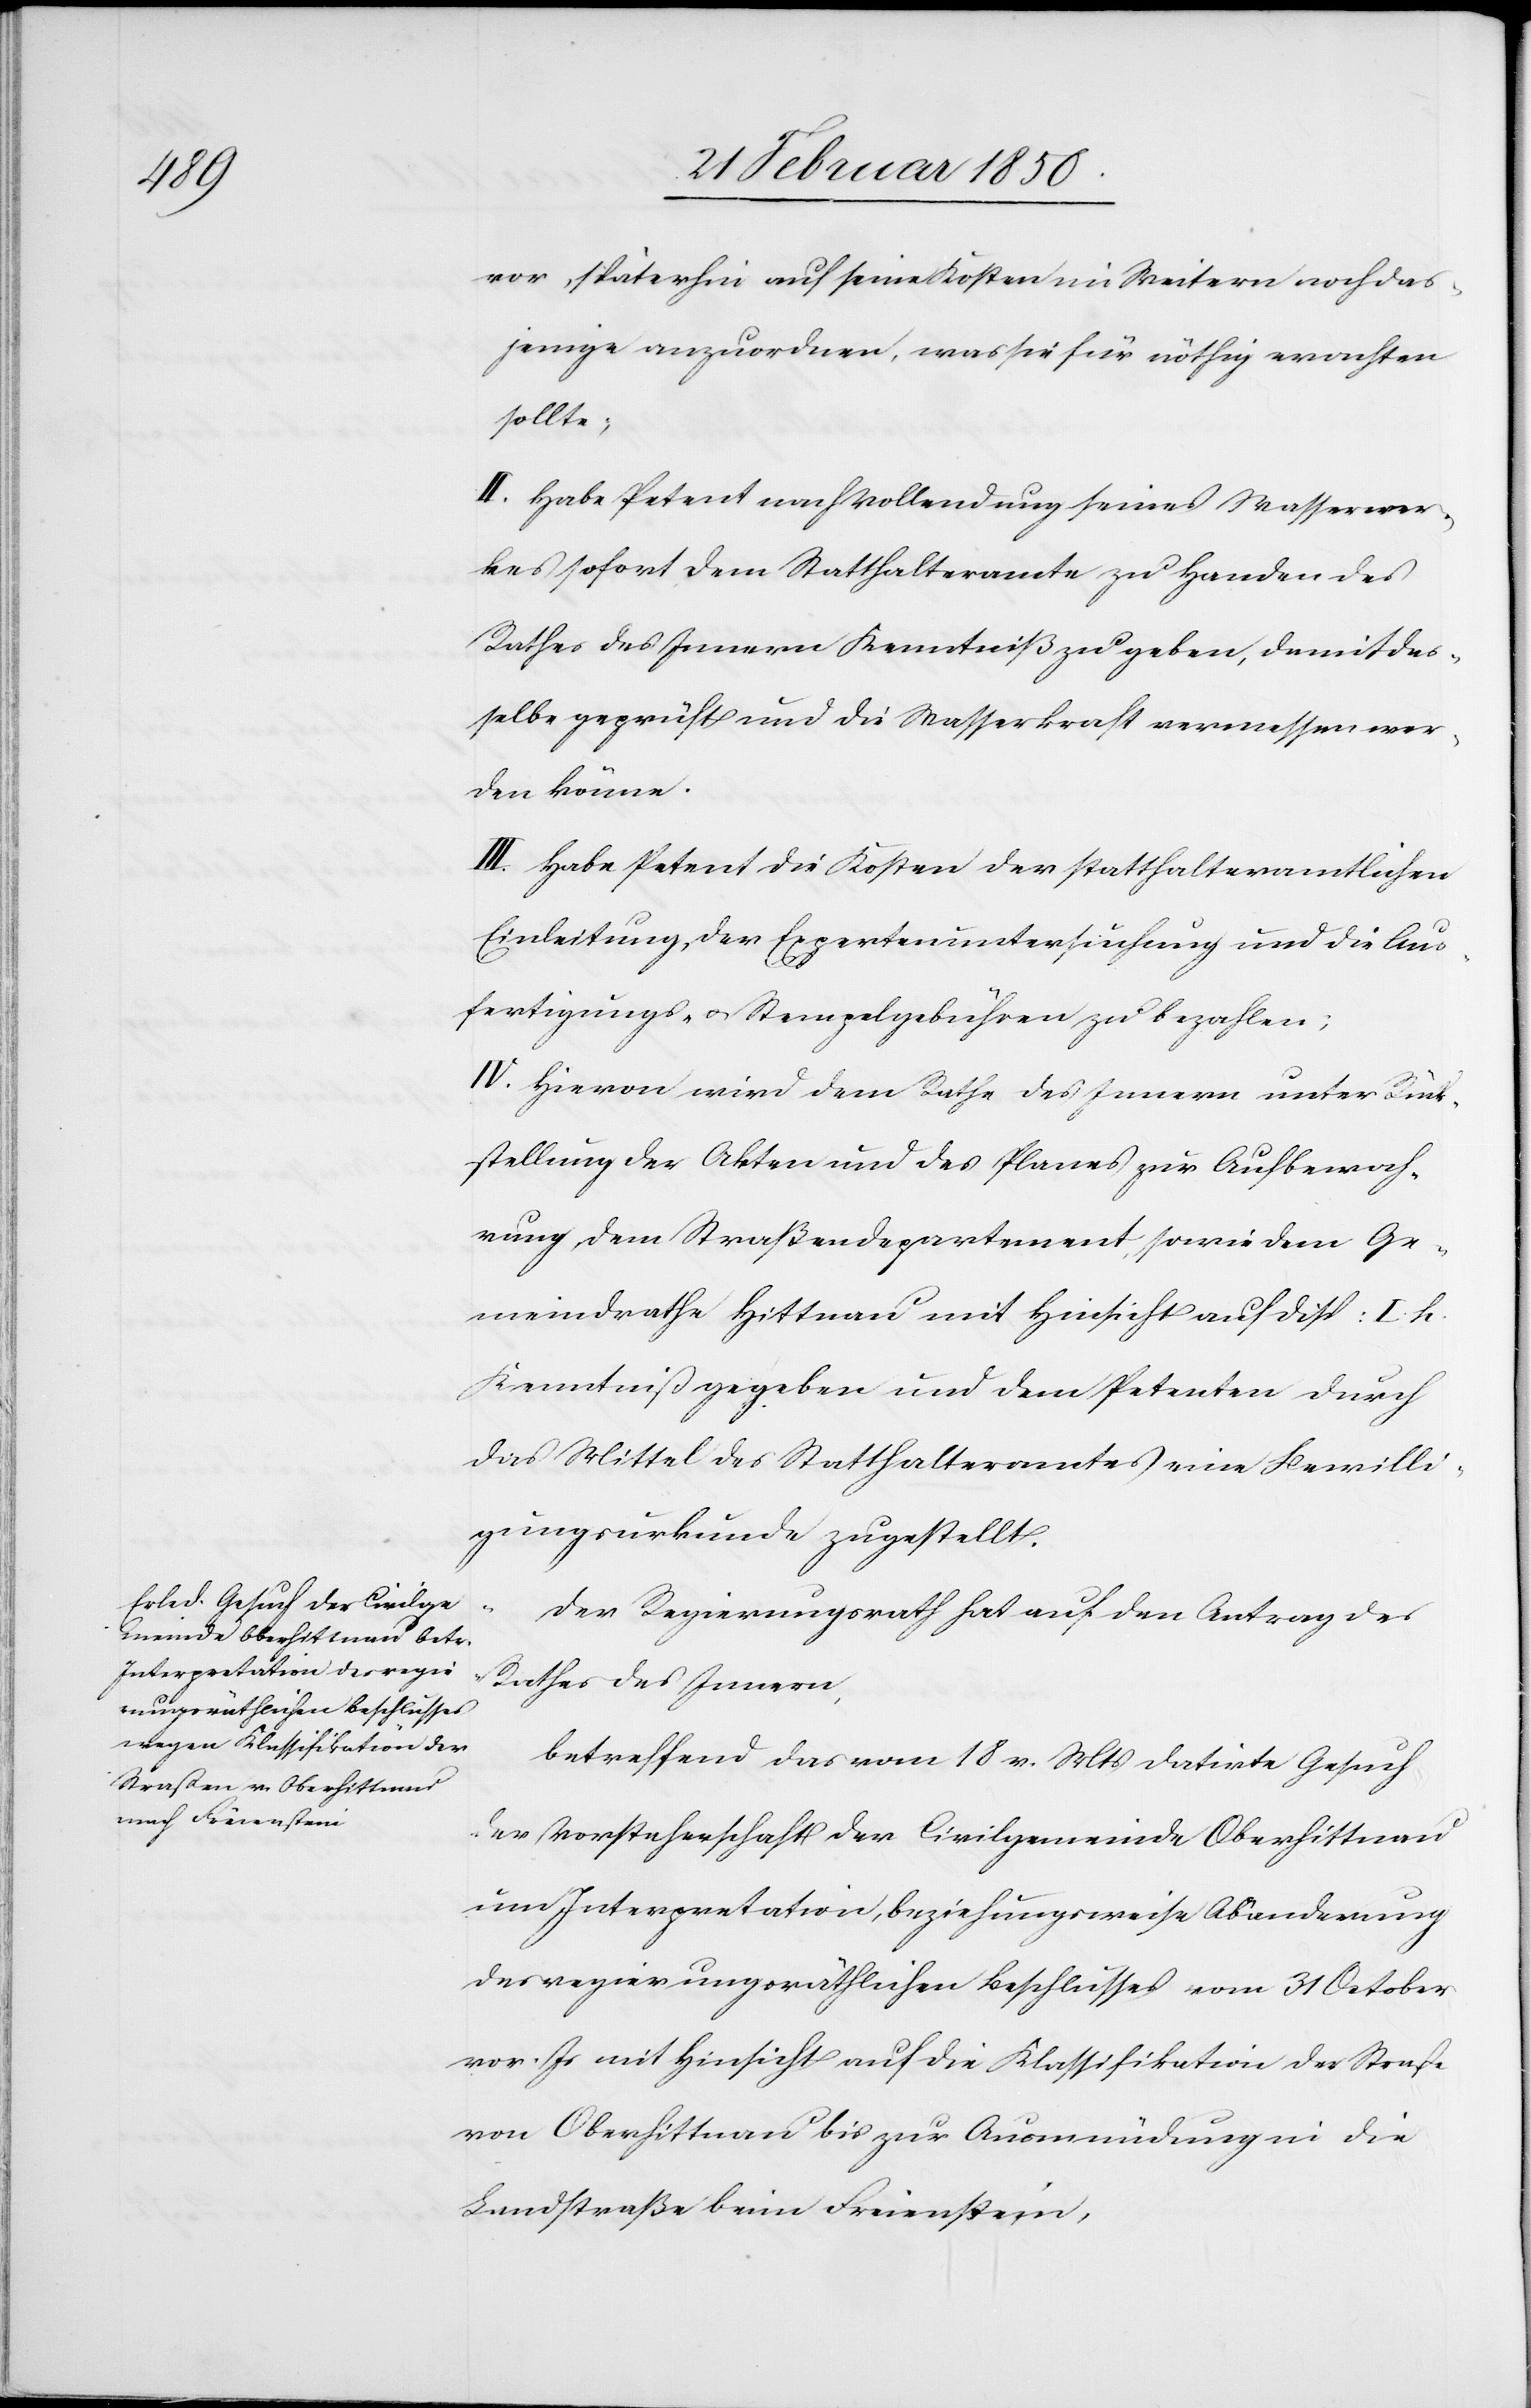
vor, späterhin auf seine Kosten im Weitern noch das¬
jenige anzuordnen, was sie für nöthig erachten
sollte;
II. Habe Petent nach Vollendung seines Wasserwer¬
kes sofort dem Statthalteramte zu Handen des
Rathes des Innern Kenntniß zu geben, damit das¬
selbe geprüft und die Wasserkraft vermessen wer¬
den könne.
III. Habe Petent die Kosten der statthalteramtlichen
Einleitung, der Expertenuntersuchung und die Aus¬
fertigungs- u. Stempelgebühren zu bezahlen;
IV. Hievon wird dem Rathe des Innern unter Rück¬
stellung der Akten und des Planes zur Aufbewah¬
rung dem Straßendepartement, sowie dem Ge¬
meindrathe Hittnau mit Hinsicht auf Disp: I. h.
Kenntniß gegeben und dem Petenten durch
das Mittel des Statthalteramtes eine Bewilli¬
gungsurkunde zugestellt.
Der Regierungsrath hat auf den Antrag des
Rathes des Innern,
betreffend das vom 18 v. Mts datirte Gesuch
der Vorsteherschaft der Civilgemeinde Oberhittnau
um Interpretation, beziehungsweise Abänderung
des regierungsräthlichen Beschlusses vom 31 October
vor. Js mit Hinsicht auf die Klassifikation der Straße
von Oberhittnau bis zur Ausmündung in die
Landstraße beim Freienstein,